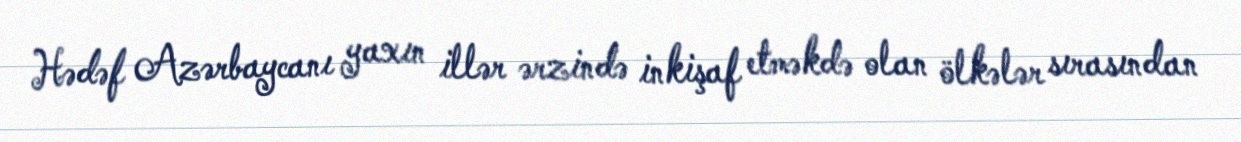
Hədəf Azərbaycanı yaxın illər ərzində inkişaf etməkdə olan ölkələr sırasından